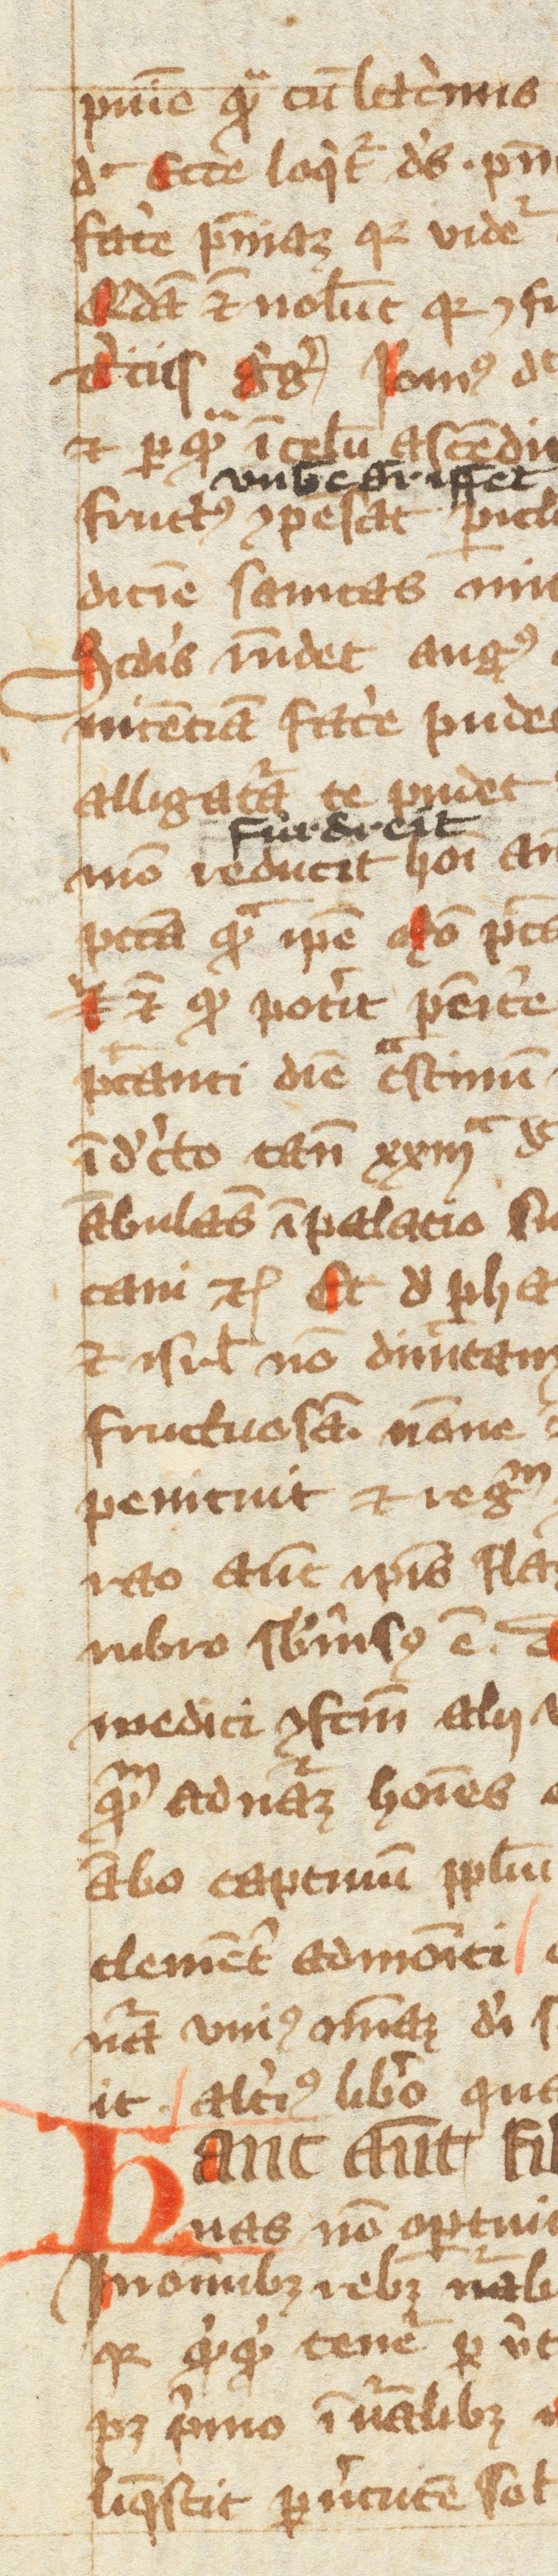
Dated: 1350–1399